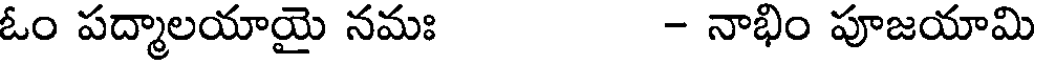
ఓం పద్మాలయాయై నమః - నాభిం పూజయామి